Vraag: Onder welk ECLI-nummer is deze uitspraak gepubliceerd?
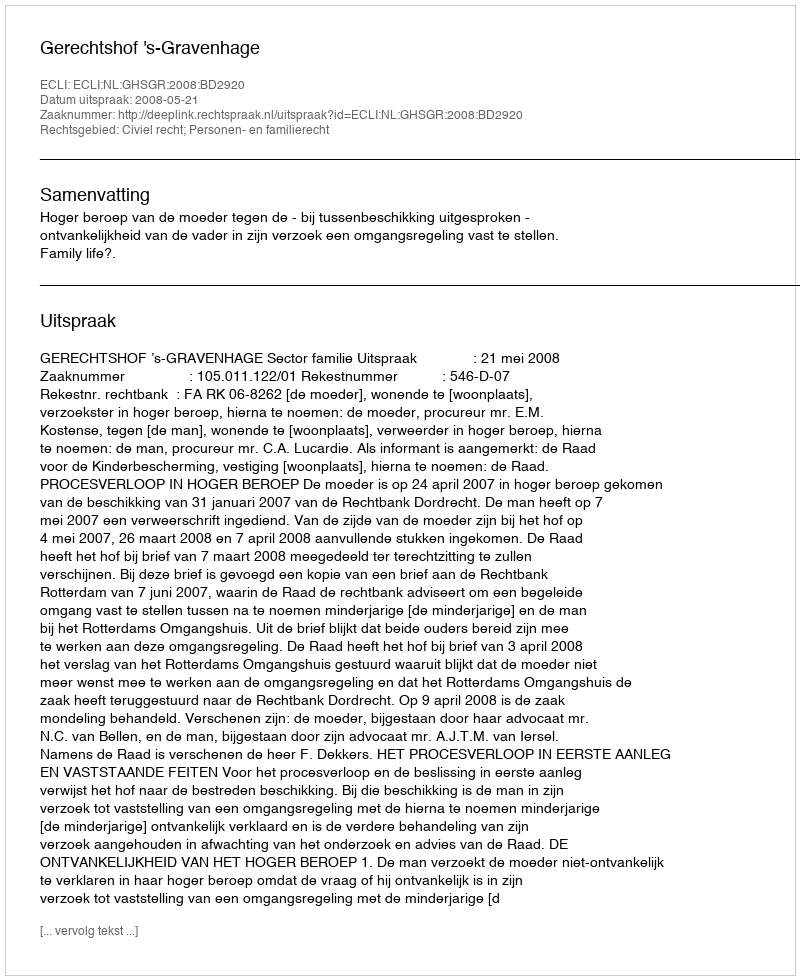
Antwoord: ECLI:NL:GHSGR:2008:BD2920